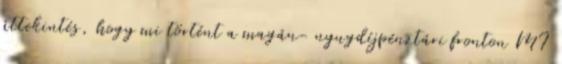
áttekintés, hogy mi történt a magán- nyugdíjpénztári fronton MI